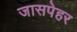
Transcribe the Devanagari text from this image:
जासपेहर